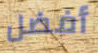
أفضل